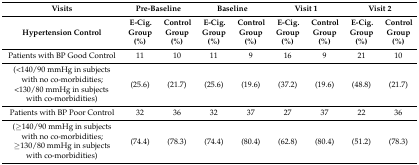
<table><thead><tr><td><b>Visits</b></td><td colspan="2"><b>Pre-Baseline</b></td><td colspan="2"><b>Baseline</b></td><td colspan="2"><b>Visit 1</b></td><td colspan="2"><b>Visit 2</b></td></tr><tr><td><b>Hypertension Control</b></td><td><b>E-Cig. Group (%)</b></td><td><b>Control Group (%)</b></td><td><b>E-Cig. Group (%)</b></td><td><b>Control Group (%)</b></td><td><b>E-Cig. Group (%)</b></td><td><b>Control Group (%)</b></td><td><b>E-Cig. Group (%)</b></td><td><b>Control Group (%)</b></td></tr></thead><tbody><tr><td>Patients with BP Good Control</td><td>11</td><td>10</td><td>11</td><td>9</td><td>16</td><td>9</td><td>21</td><td>10</td></tr><tr><td>(&lt;140/90 mmHg in subjects with no co-morbidities; &lt;130/80 mmHg in subjects with co-morbidities)</td><td>(25.6)</td><td>(21.7)</td><td>(25.6)</td><td>(19.6)</td><td>(37.2)</td><td>(19.6)</td><td>(48.8)</td><td>(21.7)</td></tr><tr><td>Patients with BP Poor Control</td><td>32</td><td>36</td><td>32</td><td>37</td><td>27</td><td>37</td><td>22</td><td>36</td></tr><tr><td>(≥140/90 mmHg in subjects with no co-morbidities; ≥130/80 mmHg in subjects with co-morbidities)</td><td>(74.4)</td><td>(78.3)</td><td>(74.4)</td><td>(80.4)</td><td>(62.8)</td><td>(80.4)</td><td>(51.2)</td><td>(78.3)</td></tr></tbody></table>